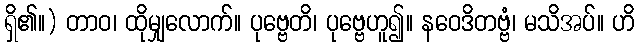
ရှိ၏။) တာဝ၊ ထိုမျှလောက်။ ပုဗ္ဗေတိ၊ ပုဗ္ဗေဟူ၍။ နဝေဒိတဗ္ဗံ၊ မသိအပ်။ ဟိ